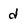
Character: d